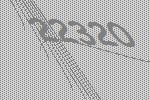
22320